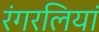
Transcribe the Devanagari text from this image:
रंगरलियां